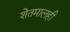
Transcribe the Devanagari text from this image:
शेतमालही